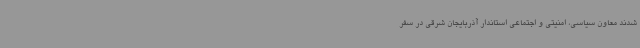
شدند معاون سیاسی، امنیتی و اجتماعی استاندار آذربایجان شرقی در سفر